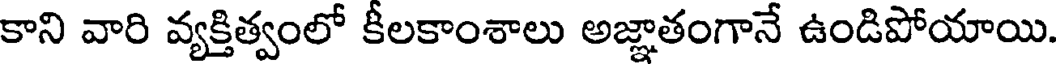
కాని వారి వ్యక్తిత్వంలో కీలకాంశాలు అజ్ఞాతంగానే ఉండిపోయాయి.